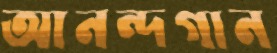
আনন্দগান